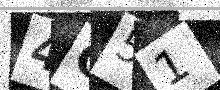
Text: 4C51